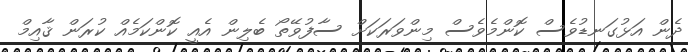
ދެން އަޅުގަނޑުވެސް ކޮންމެވެސް މިންވަރަކަށް ސާފުވޭތޯ ބެލިން އެއީ ކޮންކަމެއް ކުރަން ޤާއިމް